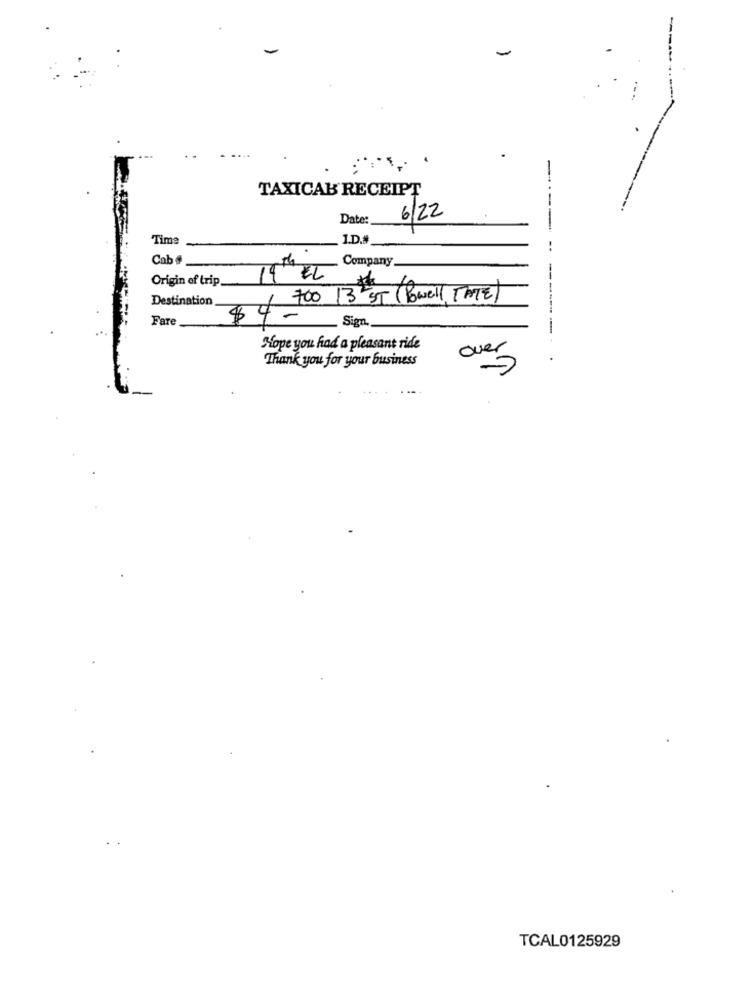
-
TAXICAB RECEIPT
Date:
6/22
Time
1.D.#
Cab #
Company
Origin of trip
1th EL
---
Destination
1 700 13 ST ( Powell TATE)
Fare
$4-
Sign
------ -
Hope you had a pleasant ride
Thank you for your business
...
TCAL0125929